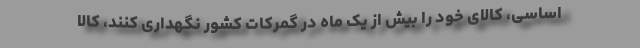
اساسی، کالای خود را بیش از یک ماه در گمرکات کشور نگهداری کنند، کالا